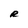
Character: R